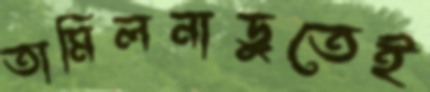
তামিলনাড়ুতেই